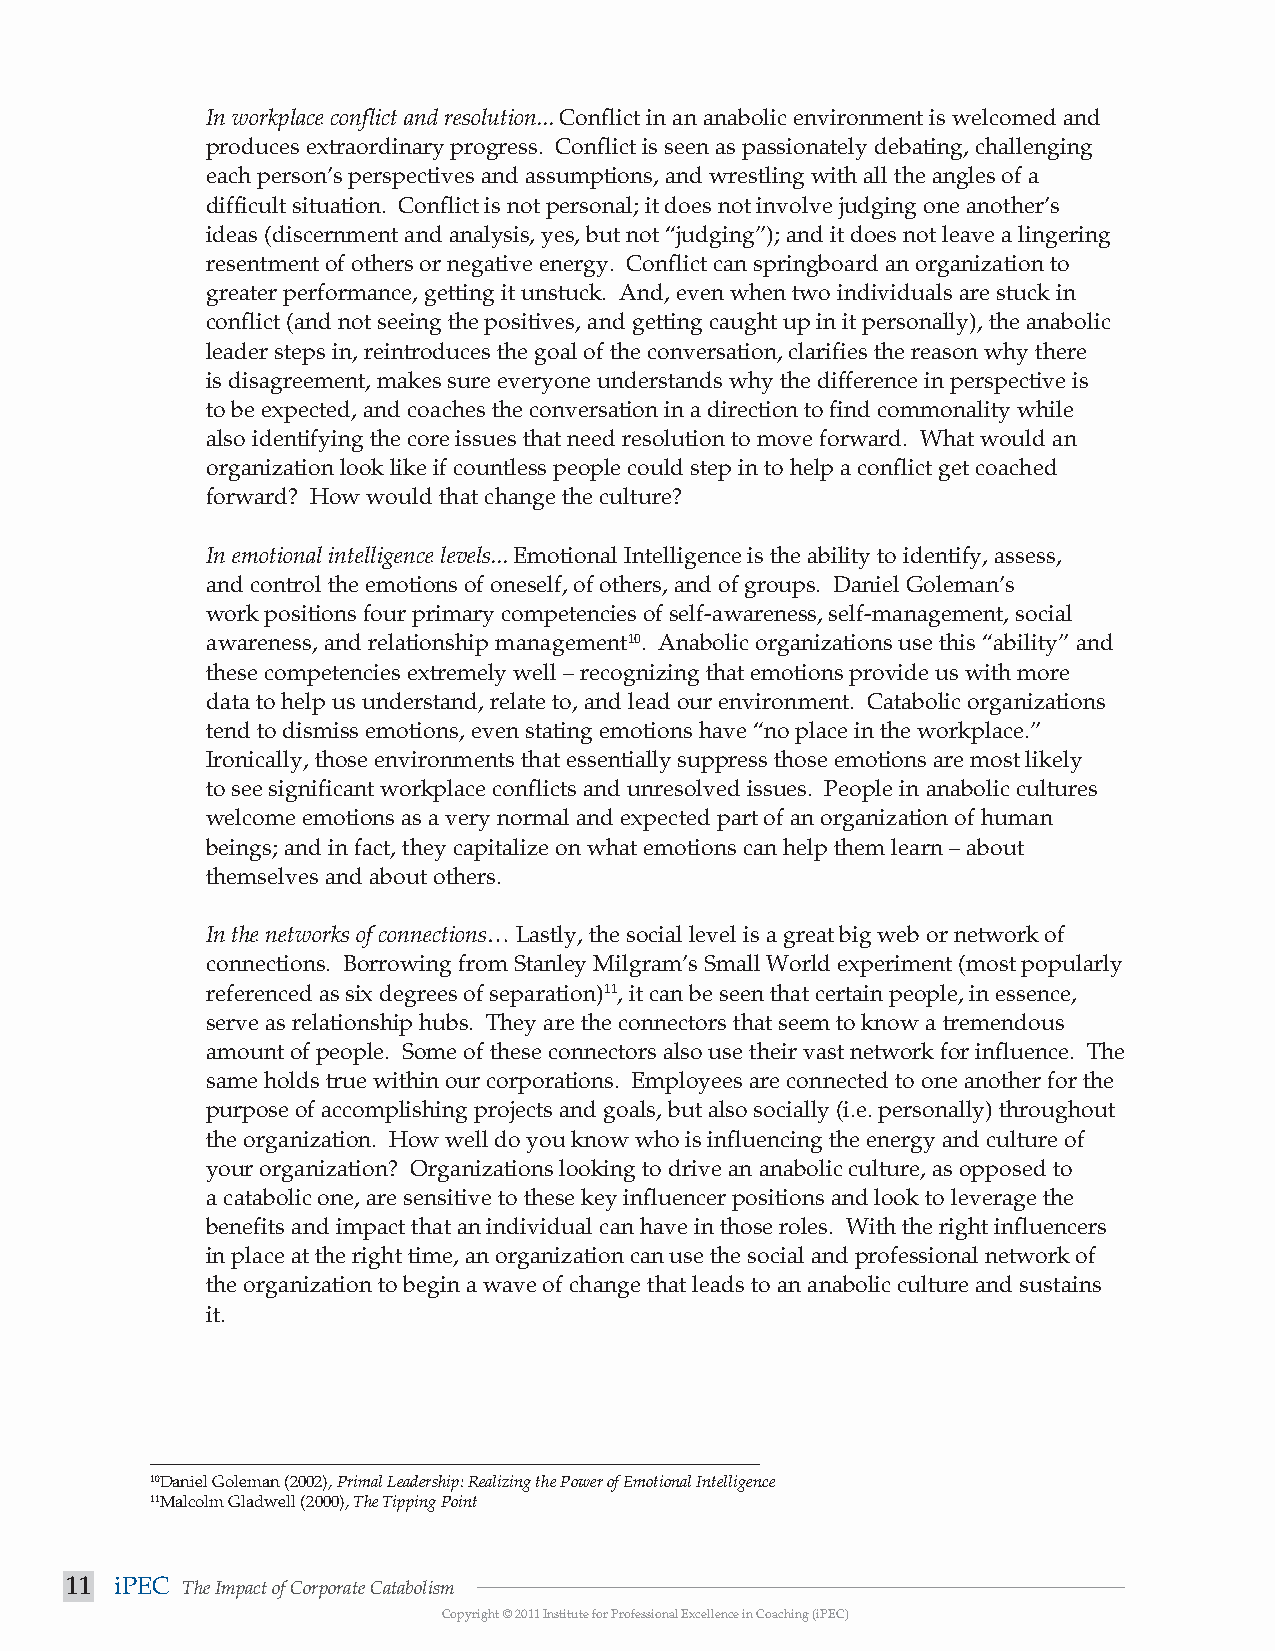
In workplace conflict and resolution... Conflict in an anabolic environment is welcomed and
 produces extraordinary progress. Conflict is seen as passionately debating, challenging
 each person’s perspectives and assumptions, and wrestling with all the angles of a
 difficult situation. Conflict is not personal; it does not involve judging one another’s
 ideas (discernment and analysis, yes, but not “judging”); and it does not leave a lingering
 resentment of others or negative energy. Conflict can springboard an organization to
 greater performance, getting it unstuck. And, even when two individuals are stuck in
 conflict (and not seeing the positives, and getting caught up in it personally), the anabolic
 leader steps in, reintroduces the goal of the conversation, clarifies the reason why there
 is disagreement, makes sure everyone understands why the difference in perspective is
 to be expected, and coaches the conversation in a direction to find commonality while
 also identifying the core issues that need resolution to move forward. What would an
 organization look like if countless people could step in to help a conflict get coached
 forward? How would that change the culture?
 In emotional intelligence levels... Emotional Intelligence is the ability to identify, assess,
 and control the emotions of oneself, of others, and of groups. Daniel Goleman’s
 work positions four primary competencies of self-awareness, self-management, social
 awareness, and relationship management10. Anabolic organizations use this “ability” and
 these competencies extremely well – recognizing that emotions provide us with more
 data to help us understand, relate to, and lead our environment. Catabolic organizations
 tend to dismiss emotions, even stating emotions have “no place in the workplace.”
 Ironically, those environments that essentially suppress those emotions are most likely
 to see significant workplace conflicts and unresolved issues. People in anabolic cultures
 welcome emotions as a very normal and expected part of an organization of human
 beings; and in fact, they capitalize on what emotions can help them learn – about
 themselves and about others.
 In the networks of connections… Lastly, the social level is a great big web or network of
 connections. Borrowing from Stanley Milgram’s Small World experiment (most popularly
 referenced as six degrees of separation)11, it can be seen that certain people, in essence,
 serve as relationship hubs. They are the connectors that seem to know a tremendous
 amount of people. Some of these connectors also use their vast network for influence. The
 same holds true within our corporations. Employees are connected to one another for the
 purpose of accomplishing projects and goals, but also socially (i.e. personally) throughout
 the organization. How well do you know who is influencing the energy and culture of
 your organization? Organizations looking to drive an anabolic culture, as opposed to
 a catabolic one, are sensitive to these key influencer positions and look to leverage the
 benefits and impact that an individual can have in those roles. With the right influencers
 in place at the right time, an organization can use the social and professional network of
 the organization to begin a wave of change that leads to an anabolic culture and sustains
 it.
 10Daniel Goleman (2002), Primal Leadership: Realizing the Power of Emotional Intelligence
 11Malcolm Gladwell (2000), The Tipping Point
 11  iPEC The Impact of Corporate Catabolism
 Copyright © 2011 Institute for Professional Excellence in Coaching (iPEC)